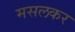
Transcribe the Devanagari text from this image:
मसलकर